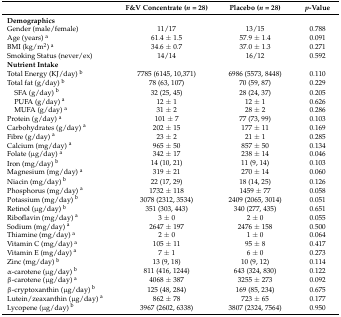
<table><thead><tr><td></td><td><b>F&amp;V Concentrate (<i>n</i> = 28)</b></td><td><b>Placebo (<i>n</i> = 28)</b></td><td><b><i>p</i>-Value</b></td></tr></thead><tbody><tr><td><b>Demographics</b></td><td></td><td></td><td></td></tr><tr><td>Gender (male/female)</td><td>11/17</td><td>13/15</td><td>0.788</td></tr><tr><td>Age (years) <sup>a</sup></td><td>61.4 ± 1.5</td><td>57.9 ± 1.4</td><td>0.091</td></tr><tr><td>BMI (kg/m<sup>2</sup>) <sup>a</sup></td><td>34.6 ± 0.7</td><td>37.0 ± 1.3</td><td>0.271</td></tr><tr><td>Smoking Status (never/ex)</td><td>14/14</td><td>16/12</td><td>0.592</td></tr><tr><td colspan="4"><b>Nutrient Intake</b></td></tr><tr><td>Total Energy (KJ/day) <sup>b</sup></td><td>7785 (6145, 10,371)</td><td>6986 (5573, 8448)</td><td>0.110</td></tr><tr><td>Total fat (g/day) <sup>b</sup></td><td>78 (63, 107)</td><td>70 (59, 87)</td><td>0.229</td></tr><tr><td>SFA (g/day) <sup>b</sup></td><td>32 (25, 45)</td><td>28 (24, 37)</td><td>0.205</td></tr><tr><td>PUFA (g/day) <sup>a</sup></td><td>12 ± 1</td><td>12 ± 1</td><td>0.626</td></tr><tr><td>MUFA (g/day) <sup>a</sup></td><td>31 ± 2</td><td>28 ± 2</td><td>0.286</td></tr><tr><td>Protein (g/day) <sup>a</sup></td><td>101 ± 7</td><td>77 (73, 99)</td><td>0.103</td></tr><tr><td>Carbohydrates (g/day) <sup>a</sup></td><td>202 ± 15</td><td>177 ± 11</td><td>0.169</td></tr><tr><td>Fibre (g/day) <sup>a</sup></td><td>23 ± 2</td><td>21 ± 1</td><td>0.285</td></tr><tr><td>Calcium (mg/day) <sup>a</sup></td><td>965 ± 50</td><td>857 ± 50</td><td>0.134</td></tr><tr><td>Folate (μg/day) <sup>a</sup></td><td>342 ± 17</td><td>238 ± 14</td><td>0.046</td></tr><tr><td>Iron (mg/day) <sup>b</sup></td><td>14 (10, 21)</td><td>11 (9, 14)</td><td>0.103</td></tr><tr><td>Magnesium (mg/day) <sup>a</sup></td><td>319 ± 21</td><td>270 ± 14</td><td>0.060</td></tr><tr><td>Niacin (mg/day) <sup>b</sup></td><td>22 (17, 29)</td><td>18 (14, 25)</td><td>0.126</td></tr><tr><td>Phosphorus (mg/day) <sup>a</sup></td><td>1732 ± 118</td><td>1459 ± 77</td><td>0.058</td></tr><tr><td>Potassium (mg/day) <sup>b</sup></td><td>3078 (2312, 3534)</td><td>2409 (2065, 3014)</td><td>0.051</td></tr><tr><td>Retinol (μg/day) <sup>b</sup></td><td>351 (303, 443)</td><td>340 (277, 435)</td><td>0.651</td></tr><tr><td>Riboflavin (mg/day) <sup>a</sup></td><td>3 ± 0</td><td>2 ± 0</td><td>0.055</td></tr><tr><td>Sodium (mg/day) <sup>a</sup></td><td>2647 ± 197</td><td>2476 ± 158</td><td>0.500</td></tr><tr><td>Thiamine (mg/day) <sup>a</sup></td><td>2 ± 0</td><td>1 ± 0</td><td>0.064</td></tr><tr><td>Vitamin C (mg/day) <sup>a</sup></td><td>105 ± 11</td><td>95 ± 8</td><td>0.417</td></tr><tr><td>Vitamin E (mg/day) <sup>a</sup></td><td>7 ± 1</td><td>6 ± 0</td><td>0.273</td></tr><tr><td>Zinc (mg/day) <sup>b</sup></td><td>13 (9, 18)</td><td>10 (9, 12)</td><td>0.114</td></tr><tr><td>α-carotene (μg/day) <sup>b</sup></td><td>811 (416, 1244)</td><td>643 (324, 830)</td><td>0.122</td></tr><tr><td>β-carotene (μg/day) <sup>a</sup></td><td>4068 ± 387</td><td>3255 ± 273</td><td>0.092</td></tr><tr><td>β-cryptoxanthin (μg/day) <sup>b</sup></td><td>125 (48, 284)</td><td>169 (85, 234)</td><td>0.675</td></tr><tr><td>Lutein/zeaxanthin (μg/day) <sup>a</sup></td><td>862 ± 78</td><td>723 ± 65</td><td>0.177</td></tr><tr><td>Lycopene (μg/day) <sup>b</sup></td><td>3967 (2602, 6338)</td><td>3807 (2324, 7564)</td><td>0.950</td></tr></tbody></table>